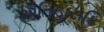
ઐતિહાસકિ